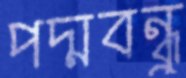
পদ্মবন্ধুু